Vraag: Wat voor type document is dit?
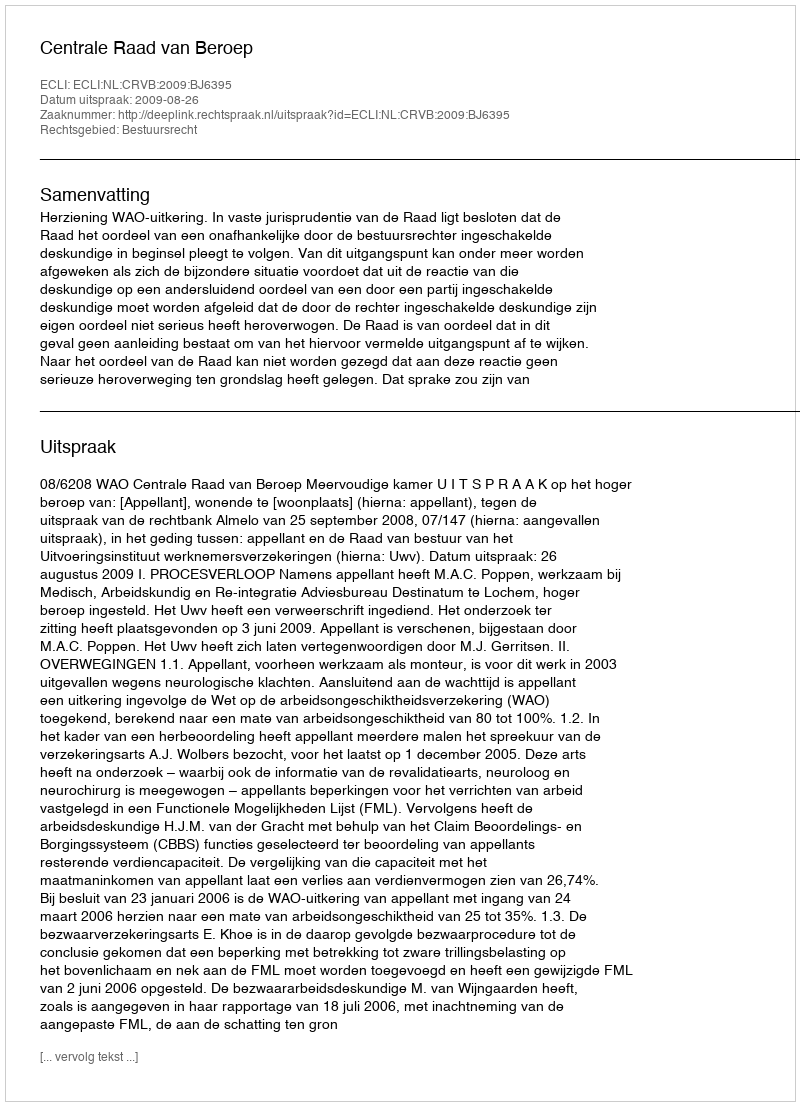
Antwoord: Uitspraak